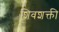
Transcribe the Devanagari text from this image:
शिवशक्ती